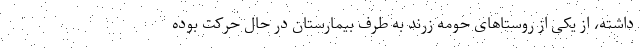
داشته، از یکی از روستاهای حومه زرند به طرف بیمارستان در حال حرکت بوده